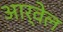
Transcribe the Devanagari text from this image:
आर्वेल